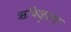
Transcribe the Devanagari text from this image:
ऋषिकुल्या